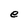
Character: e